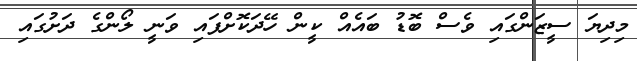
މިދިޔަ ސީޒަންގައި ވެސް ބޮޑު ބައެއް ކީން ހޭދަކޮށްފައި ވަނީ ލޯންގެ ދަށުގައި